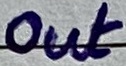
Text: Out